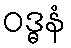
ဝဒ္ဓနံ